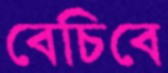
বেচিবে